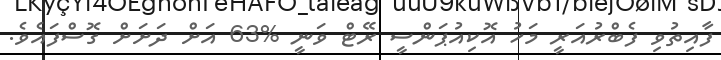
ފާއިތުވި ފެބްރުއަރީ މަހު އޮކިއުޕަންސީ ރޭޓް ވަނީ %63 އަށް ދަށަށް ގޮސްފައެވެ.